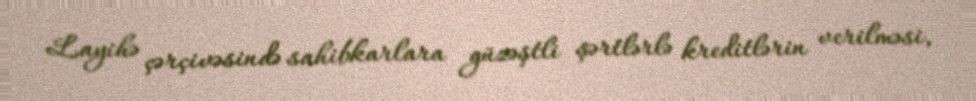
Layihə çərçivəsində sahibkarlara güzəştli şərtlərlə kreditlərin verilməsi,